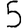
Digit: 5